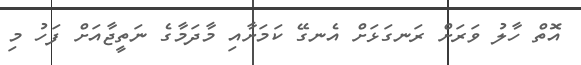
އޮތް ހާލު ވަރަށް ރަނގަޅަށް އެނގޭ ކަމަށާއި މާދަމާގެ ނަތީޖާއަށް ފަހު މި